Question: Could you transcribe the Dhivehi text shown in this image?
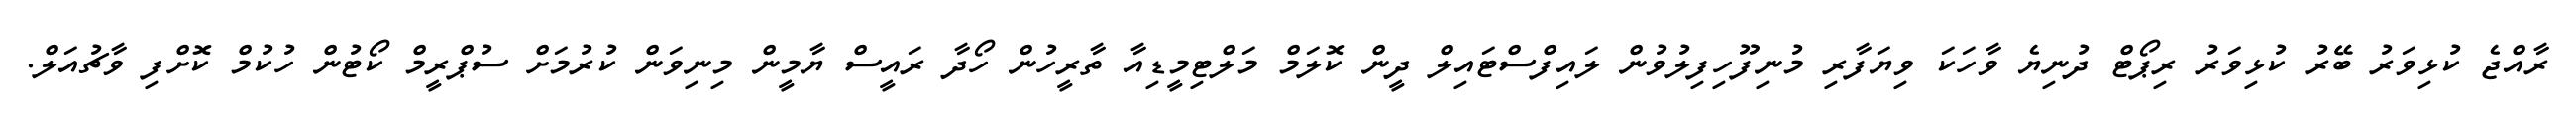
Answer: ރާއްޖެ ކުޅިވަރު ބޭރު ކުޅިވަރު ރިޕޯޓް ދުނިޔެ ވާހަކަ ވިޔަފާރި މުނިފޫހިފިލުވުން ލައިފްސްޓައިލް ދީން ކޮލަމް މަލްޓިމީޑިއާ ތާރީހުން ހޯދާ ރައީސް ޔާމީން މިނިވަން ކުރުމަށް ސުޕްރީމް ކޯޓުން ހުކުމް ކޮށްފި ވާޗުއަލް.